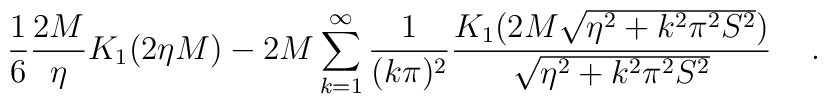
\frac{1}{6} \frac{2M}{\eta} K_1 (2 \eta M)-2M \sum_{k=1}^{\infty}\frac{1}{(k\pi)^2}  \frac{K_1 (2M\sqrt{\eta^2+k^2 \pi^2 S^2})}{\sqrt{\eta^2+k^2 \pi^2 S^2}} \hspace{0.5cm}.